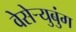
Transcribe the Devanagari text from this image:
वेसेऱ्युबुंग